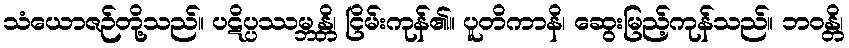
သံယောဇဉ်တို့သည်။ ပဋိပ္ပဿမ္ဘန္တိ၊ ငြိမ်းကုန်၏။ ပူတိကာနိ၊ ဆွေးမြည့်ကုန်သည်။ ဘဝန္တိ၊